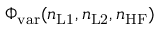
\Phi _ { \mathrm { v a r } } ( n _ { \mathrm { L 1 } } , n _ { \mathrm { L 2 } } , n _ { \mathrm { H F } } )